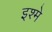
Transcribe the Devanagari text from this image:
इश्मे